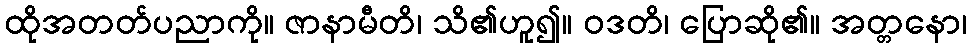
ထိုအတတ်ပညာကို။ ဇာနာမီတိ၊ သိ၏ဟူ၍။ ဝဒတိ၊ ပြောဆို၏။ အတ္တနော၊